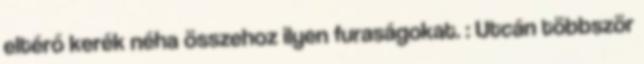
eltérő kerék néha összehoz ilyen furaságokat. : Utcán többször